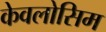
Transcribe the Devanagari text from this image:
केवलोसिम